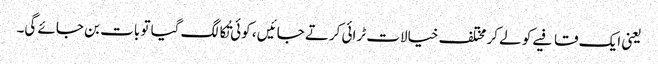
یعنی ایک قافیے کو لے کر مختلف خیالات ٹرائی کرتے جائیں ، کوئی تُکا لگ گیا تو بات بن جائے گی۔